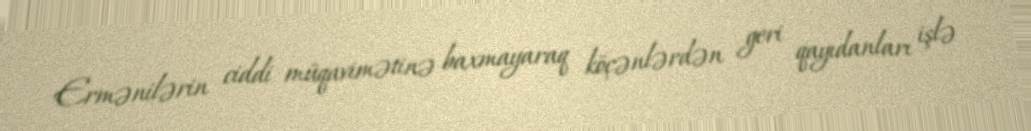
Ermənilərin ciddi müqavimətinə baxmayaraq köçənlərdən geri qayıdanları işlə